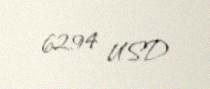
6294 USD